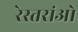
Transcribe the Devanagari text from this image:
रेस्तरांओ